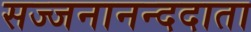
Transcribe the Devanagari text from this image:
सज्जनानन्ददाता